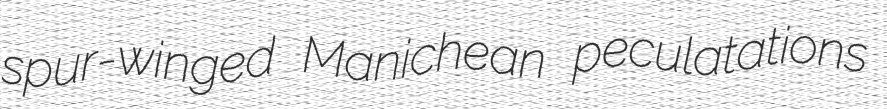
spur-winged Manichean peculatations